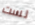
لست